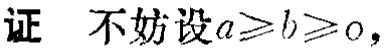
证 不妨设\(a\geqslant b\geqslant 0\)，